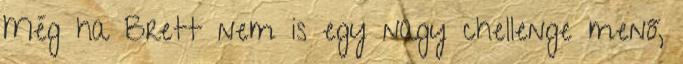
Még ha Brett nem is egy nagy chellenge menő,